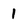
Character: 1